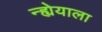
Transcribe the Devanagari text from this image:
न्ह्येयाला